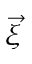
\vec { \xi }